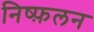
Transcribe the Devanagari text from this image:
निष्फ़लन